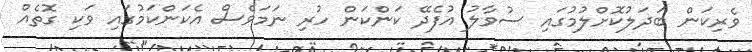
ވެރިކަން ބަދަލުކޮށްލުމުގައި ސުވާލު އުފެދޭ ކަންކަން ހުރި ނަމަވެސް އެކަންކަމުގައި ވަކި ގޮތެއް